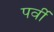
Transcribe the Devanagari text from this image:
पर्वी